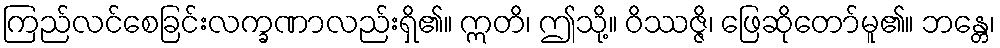
ကြည်လင်စေခြင်းလက္ခဏာလည်းရှိ၏။ ဣတိ၊ ဤသို့။ ဝိဿဇ္ဇိ၊ ဖြေဆိုတော်မူ၏။ ဘန္တေ၊